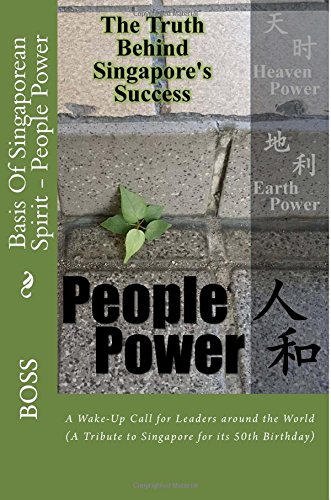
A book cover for Basis Of Singaporean Spirit - People Power: A Wake-Up Call for Leaders around the World (Volume 1); Boss; Politics & Social Sciences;